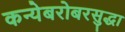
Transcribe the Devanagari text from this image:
कन्येबरोबरसुद्धा